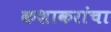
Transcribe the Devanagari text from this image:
कशाकरांचा